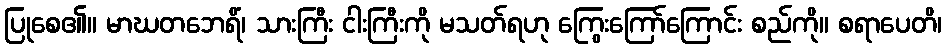
ပြုစေ၏။ မာဃတဘေရိံ၊ သားကြီး ငါးကြီးကို မသတ်ရဟု ကြွေးကြော်ကြောင်း စည်ကို။ စရာပေတိ၊